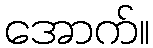
အောက်။